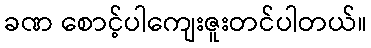
ခဏ စောင့်ပါကျေးဇူးတင်ပါတယ်။